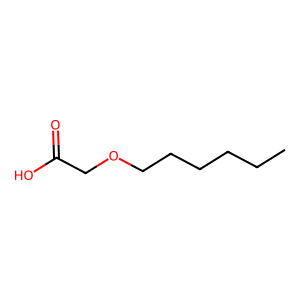
SMILES: CCCCCCOCC(=O)O
Inhibits HIV replication: No